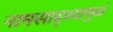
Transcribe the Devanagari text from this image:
नामसादृश्यामुळं